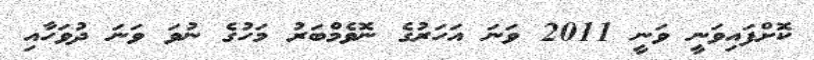
ކޮށްފައިވަނީ ވަނީ 2011 ވަނަ އަހަރުގެ ނޮވެމްބަރު މަހުގެ ނުވަ ވަނަ ދުވަހާއި